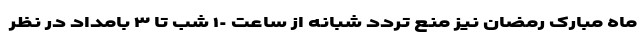
ماه مبارک رمضان نیز منع تردد شبانه از ساعت ١٠ شب تا ٣ بامداد در نظر